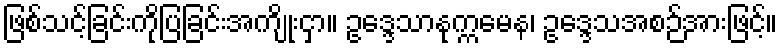
ဖြစ်သင့်ခြင်းကိုပြခြင်းအကျိုးငှာ။ ဥဒ္ဒေသာနုက္ကမေန၊ ဥဒ္ဒေသအစဉ်အားဖြင့်။